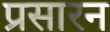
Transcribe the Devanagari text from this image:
प्रसारन